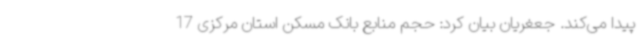
پیدا می‌کند. جعغریان بیان کرد: حجم منابع بانک مسکن استان مرکزی 17